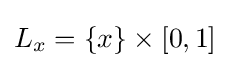
L_{x}=\{x\}\times [0,1]